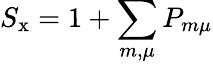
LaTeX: S_{\textrm{x}}=1+\sum_{m,\mu}P_{m\mu}